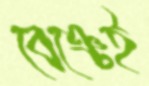
বেঞ্চেই